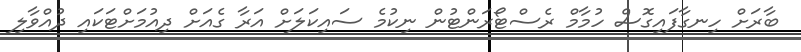
ބާރަށް ހިނގާފައިގޮސް ހުމާމް ރެސްޓޯރަންޓުން ނިކުމެ ސައިކަލަށް އަރާ ގެއަށް ދިއުމަށްޓަކައި ދުއްވާލި